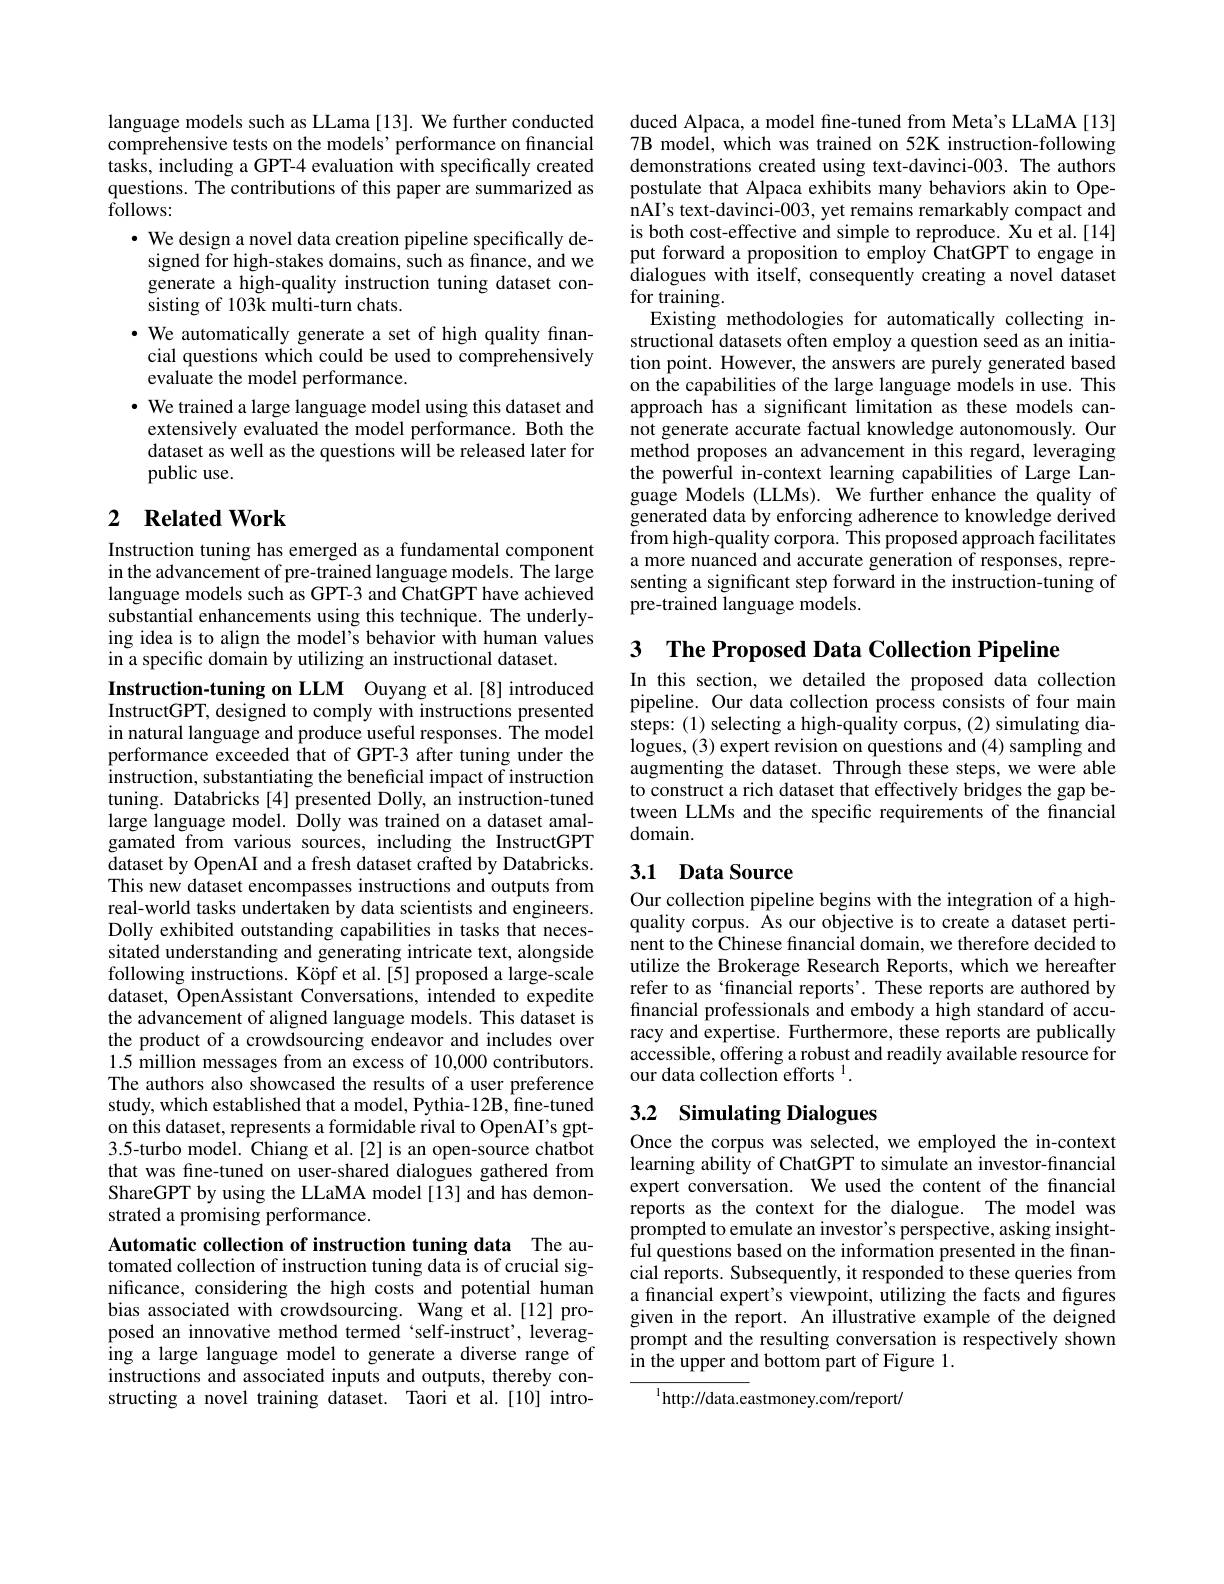
language models such as LLama [13]. We further conducted comprehensive tests on the models' performance on financial tasks, including a GPT-4 evaluation with specifically created questions. The contributions of this paper are summarized as $\hat{\text{follows:}}$
· We design a novel data creation pipeline specifically de-
signed for high-stakes domains, such as finance, and we generate a high-quality instruction tuning dataset consisting of 103k multi-turn chats.
$\bullet$ We automatically generate a set of high quality finan-
cial questions which could be used to comprehensively
evaluate the model performance.
$\cdot$ We trained a large language model using this dataset and
extensively evaluated the model performance. Both the dataset as well as the questions will be released later for public use.

## 2 $\textbf{Related Work}$

Instruction tuning has emerged as a fundamental component in the advancement of pre-trained language models. The large language models such as GPT-3 and ChatGPT have achieved substantial enhancements using this technique. The underlying idea is to align the model's behavior with human values in a specific domain by utilizing an instructional dataset.

Instruction-tuning on LLM Ouyang et al.[8] introduced InstructGPT, designed to comply with instructions presented in natural language and produce useful responses. The model performance exceeded that of GPT-3 after tuning under the instruction, substantiating the beneficial impact of instruction tuning. Databricks[4] presented Dolly, an instruction-tuned large language model. Dolly was trained on a dataset amalgamated from various sources, including the InstructGPT dataset by OpenAI and a fresh dataset crafted by Databricks. This new dataset encompasses instructions and outputs from real-world tasks undertaken by data scientists and engineers. Dolly exhibited outstanding capabilities in tasks that necessitated understanding and generating intricate text, alongside following instructions. Köpf et al.[5] proposed a large-scale dataset, OpenAssistant Conversations, intended to expedite the advancement of aligned language models. This dataset is the product of a crowdsourcing endeavor and includes over 1.5 million messages from an excess of 10,000 contributors. The authors also showcased the results of a user preference study, which established that a model, Pythia-12B, fine-tuned on this dataset, represents a formidable rival to OpenAI's gpt- 3.5-turbo model. Chiang et al.[2] is an open-source chatbot that was fine-tuned on user-shared dialogues gathered from ShareGPT by using the LLaMA model [13] and has demonstrated a promising performance.
Automatic collection of instruction tuning data The au-

tomated collection of instruction tuning data is of crucial significance, considering the high costs and potential human bias associated with crowdsourcing. Wang et al.[12] proposed an innovative method termed‘self-instruct’, leveraging a large language model to generate a diverse range of instructions and associated inputs and outputs, thereby constructing a novel training dataset. Taori et al.[10] intro-

duced Alpaca, a model fine-tuned from Meta's LLaMA[13] 7B model, which was trained on 52K instruction-following demonstrations created using text-davinci-003. The authors postulate that Alpaca exhibits many behaviors akin to OpenAI's text-davinci-003, yet remains remarkably compact and is both cost-effective and simple to reproduce. Xu et al.[14] put forward a proposition to employ ChatGPT to engage in dialogues with itself, consequently creating a novel dataset for training.
Existing methodologies for automatically collecting instructional datasets often employ a question seed as an initiation point. However, the answers are purely generated based on the capabilities of the large language models in use. This approach has a significant limitation as these models cannot generate accurate factual knowledge autonomously. Our method proposes an advancement in this regard, leveraging the powerful in-context learning capabilities of Large Language Models (LLMs). We further enhance the quality of generated data by enforcing adherence to knowledge derived from high-quality corpora. This proposed approach facilitates a more nuanced and accurate generation of responses, representing a significant step forward in the instruction-tuning of pre-trained language models

3 The Proposed Data Collection Pipeline

In this section, we detailed the proposed data collection pipeline. Our data collection process consists of four main steps: (1) selecting a high-quality corpus, (2) simulating dialogues, (3) expert revision on questions and (4) sampling and augmenting the dataset. Through these steps, we were able to construct a rich dataset that effectively bridges the gap between LLMs and the specific requirements of the financial domain.

## 3.1 Data Source

Our collection pipeline begins with the integration of a highquality corpus. As our objective is to create a dataset pertinent to the Chinese financial domain, we therefore decided to utilize the Brokerage Research Reports, which we hereafter refer to as‘financial reports'. These reports are authored by financial professionals and embody a high standard of accuracy and expertise. Furthermore, these reports are publically accessible, offering a robust and readily available resource for our data collection efforts $^{1}.$

## 3.2 Simulating Dialogues

Once the corpus was selected, we employed the in-context learning ability of ChatGPT to simulate an investor-financial expert conversation. We used the content of the financial reports as the context for the dialogue. The model was prompted to emulate an investor's perspective, asking insightful questions based on the information presented in the financial reports. Subsequently, it responded to these queries from a financial expert's viewpoint, utilizing the facts and figures given in the report. An illustrative example of the deigned prompt and the resulting conversation is respectively shown in the upper and bottom part of Figure 1.

$^{1}$http://data.eastmoney.com/report/